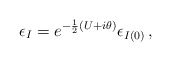
\begin{align*}\epsilon_{I}=e^{-\frac{1}{2}(U+i\theta)}\epsilon_{I(0)}\, ,\end{align*}